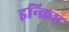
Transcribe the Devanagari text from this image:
इन्क्रिप्ट